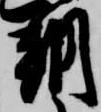
朝